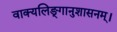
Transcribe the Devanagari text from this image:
वाक्यलिङ्गानुशासनम्।